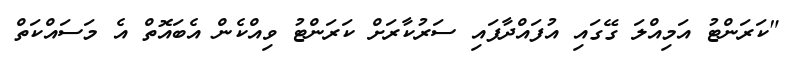
"ކަރަންޓު އަމިއްލަ ގޭގައި އުފައްދާފައި ސަރުކާރަށް ކަރަންޓު ވިއްކެން އެބައޮތް އެ މަސައްކަތް